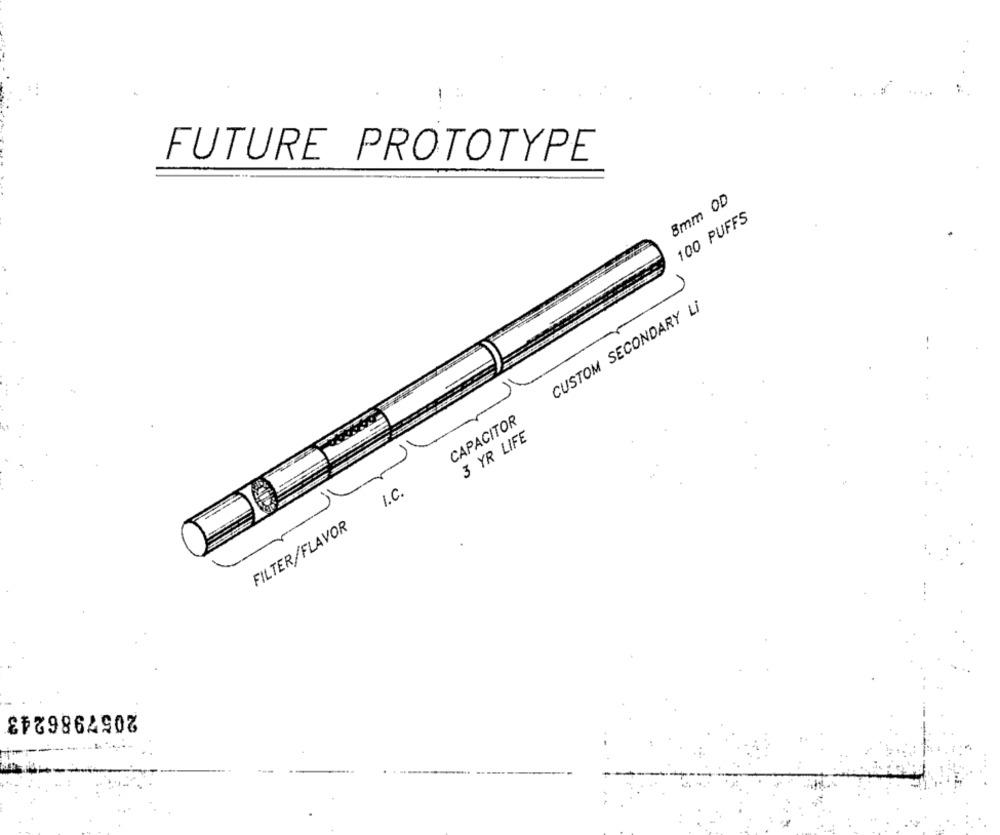
FUTURE PROTOTYPE
8mm OD
100 PUFFS
CUSTOM SECONDARY LI
CAPACITOR
3 YR LIFE
I.C.
FILTER/FLAVOR
2057986243